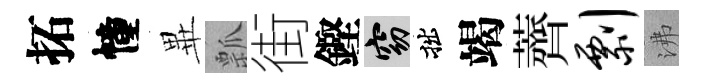
拓幢𭺾瓢街鏗窈拙竭薺剽沸